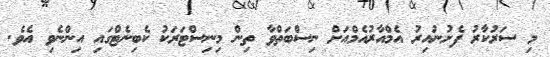
މި ސަރުކާރު ފެށުނުއިރު އެމްއާރުއެމްއަށް ނިސްބަތްވާ ތިން މިނިސްޓަރަކު ކެބިނެޓްގައި އިންނެވި އެވެ.